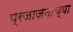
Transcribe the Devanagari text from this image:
प्रजाजनांच्या